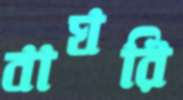
বাঘরি